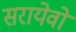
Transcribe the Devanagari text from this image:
सरायेवो